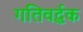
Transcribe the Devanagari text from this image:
गतिवर्द्धक